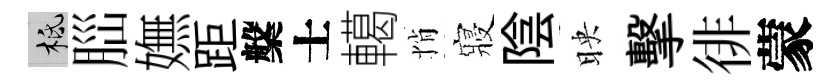
柢𦛁嫵距槃士轕悄寢陰映擊徘蒙